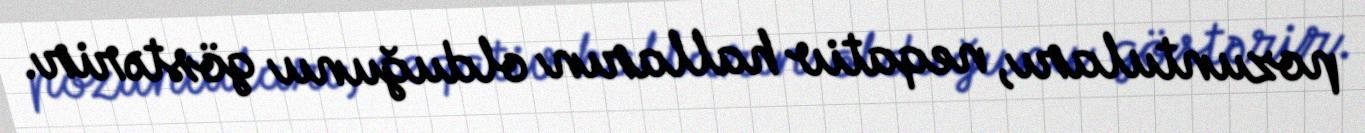
pozuntuları, neqativ halların olduğunu göstərir.